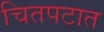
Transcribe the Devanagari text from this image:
चितपटात